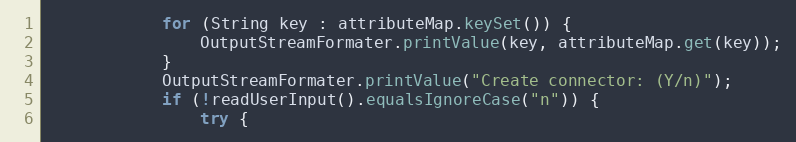
Language: Java
            for (String key : attributeMap.keySet()) {
                OutputStreamFormater.printValue(key, attributeMap.get(key));
            }
            OutputStreamFormater.printValue("Create connector: (Y/n)");
            if (!readUserInput().equalsIgnoreCase("n")) {
                try {